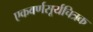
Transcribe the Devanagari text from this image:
एकवर्णसूर्यचित्रक